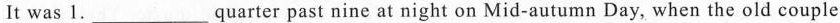
It was 1.___quarter past nine at night on Mid-autumn Day, when the old couple